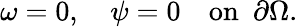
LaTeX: \omega=0,~~~~\psi=0~~~~\mathrm{on}~~\partial\Omega.